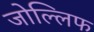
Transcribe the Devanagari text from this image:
जोल्लिफ